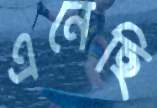
এনেছি